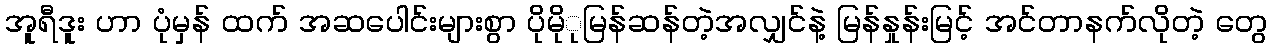
အူရီဒူး ဟာ ပုံမှန် ထက် အဆပေါင်းများစွာ ပိုမိုုမြန်ဆန်တဲ့အလျှင်နဲ့ မြန်နှုန်းမြင့် အင်တာနက်လိုတဲ့ တွေ